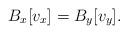
LaTeX: \begin{align*}B_x [v_x] = B_y [v_y].\end{align*}